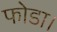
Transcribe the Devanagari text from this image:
फोडा।